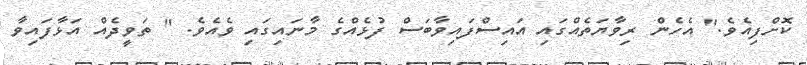
ކޮށްފިއެވެ." އެހެން ރިވާޔަތެއްގައި އައިސްފައިވާބަސް ފުޅެއްގެ މާނައިގައި ވެއެވެ. " ތަވީދެއް އަޅާފައިވާ